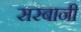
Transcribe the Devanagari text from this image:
सरबानी